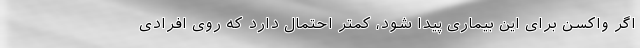
اگر واکسن برای این بیماری پیدا شود، کمتر احتمال دارد که روی افرادی